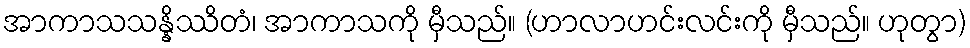
အာကာသသန္နိဿိတံ၊ အာကာသကို မှီသည်။ (ဟာလာဟင်းလင်းကို မှီသည်။ ဟုတွာ)